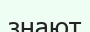
знают